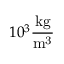
1 0 ^ { 3 } \mathrm { { \frac { k g } { m ^ { 3 } } } }